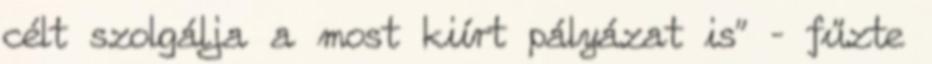
célt szolgálja a most kiírt pályázat is” – fűzte